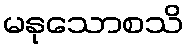
မနုသောစသိ